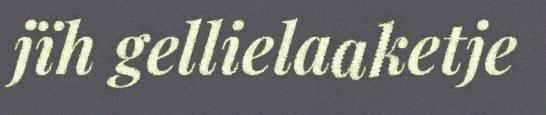
jïh gellielaaketje